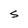
Character: S